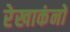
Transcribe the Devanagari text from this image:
रेखाकंनों